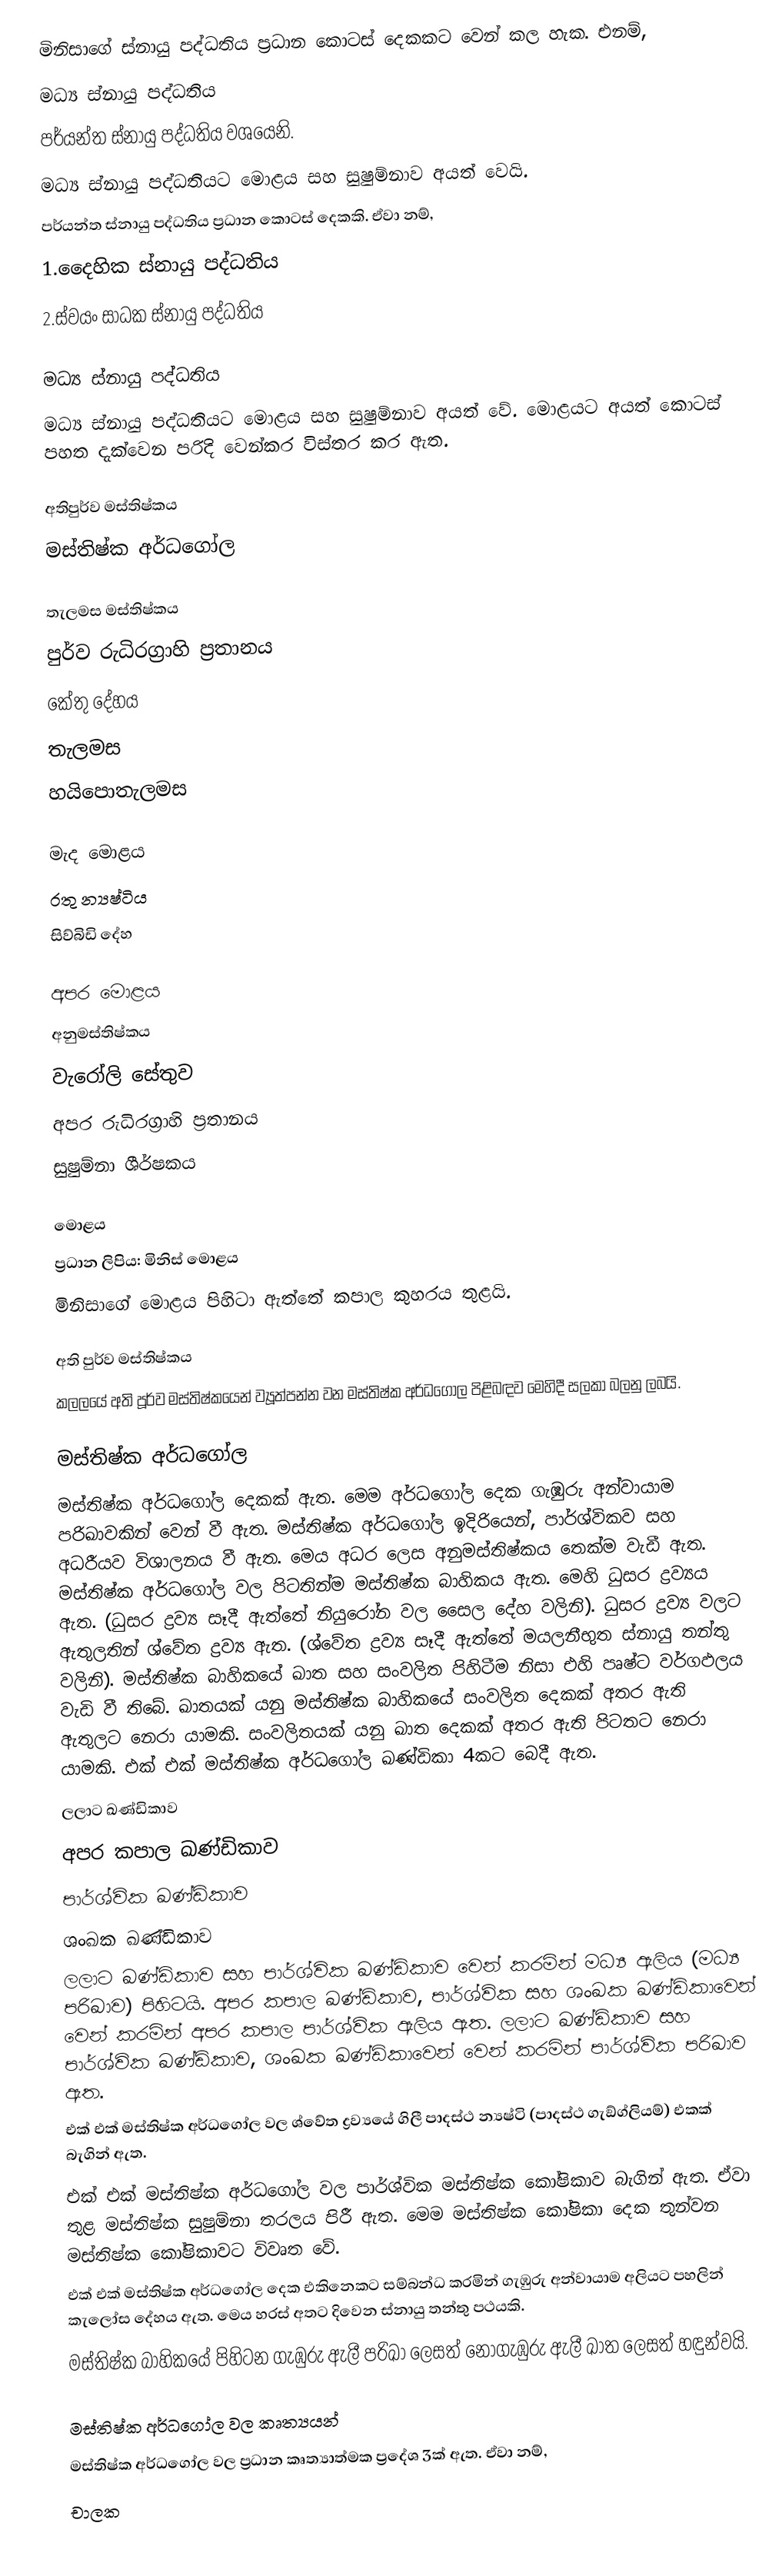
මිනිසාගේ ස්නායු පද්ධතිය ප්‍රධාන කොටස් දෙකකට වෙන් කල හැක. එනම්,
මධ්‍ය ස්නායු පද්ධතිය
පර්යන්ත ස්නායු පද්ධතිය වශයෙනි.
මධ්‍ය ස්නායු පද්ධතියට මොළය සහ සුෂුම්නාව අයත් වෙයි.
පර්යන්ත ස්නායු පද්ධතිය ප්‍රධාන කොටස් දෙකකි. ඒවා නම්,
1.දෛහික ස්නායු පද්ධතිය
2.ස්වයං සාධක ස්නායු පද්ධතිය

මධ්‍ය ස්නායු පද්ධතිය
මධ්‍ය ස්නායු පද්ධතියට මොළය සහ සුෂුම්නාව අයත් වේ. මොළයට අයත් කොටස් පහත දැක්වෙන පරිදි වෙන්කර විස්තර කර ඇත.

අතිපුර්ව මස්තිෂ්කය
මස්තිෂ්ක අර්ධගෝල

තැලමස මස්තිෂ්කය
පුර්ව රුධිරග්‍රාහි ප්‍රතානය
කේතු දේහය
තැලමස
හයිපොතැලමස

මැද මොළය
රතු න්‍යෂ්ටිය
සිව්බිඩි දේහ

අපර මොළය
අනුමස්තිෂ්කය
වැරෝලි සේතුව
අපර රුධිරග්‍රාහි ප්‍රතානය
සුෂුම්නා ශීර්ෂකය

මොළය
ප්‍රධාන ලිපිය: මිනිස් මොළය
මිනිසාගේ මොළය පිහිටා ඇත්තේ කපාල කුහරය තුළයි.

අති පුර්ව මස්තිෂ්කය
කලලයේ අති පූර්ව මස්තිෂ්කයෙන් ව්‍යූත්පන්න වන මස්තිෂ්ක අර්ධගෝල පිළිබඳව මෙහිදී සලකා බලනු ලබයි.

මස්තිෂ්ක අර්ධගෝල
මස්තිෂ්ක අර්ධගෝල දෙකක් ඇත. මෙම අර්ධගෝල දෙක ගැඹුරු අන්වායාම පරිඛාවකින් වෙන් වී ඇත. මස්තිෂ්ක අර්ධගෝල ඉදිරියෙන්, පාර්ශ්විකව සහ අධරීයව විශාලනය වී ඇත. මෙය අධර ලෙස අනුමස්තිෂ්කය තෙක්ම වැඩී ඇත. මස්තිෂ්ක අර්ධගෝල වල පිටතින්ම මස්තිෂ්ක බාහිකය ඇත. මෙහි ධුසර ද්‍රව්‍යය ඇත. (ධුසර ද්‍රව්‍ය සෑදී ඇත්තේ නියුරෝන වල සෛල දේහ වලිනි). ධුසර ද්‍රව්‍ය වලට ඇතුලතින් ශ්වේත ද්‍රව්‍ය ඇත. (ශ්වේත ද්‍රව්‍ය සෑදී ඇත්තේ මයලනීභුත ස්නායු තන්තු වලිනි). මස්තිෂ්ක බාහිකයේ ඛාත සහ සංවලිත පිහිටීම නිසා එහි පෘෂ්ට වර්ගඵලය වැඩි වී තිබේ. ඛාතයක් යනු මස්තිෂ්ක බාහිකයේ සංවලිත දෙකක් අතර ඇති ඇතුලට නෙරා යාමකි. සංවලිතයක් යනු ඛාත දෙකක් අතර ඇති පිටතට නෙරා යාමකි. එක් එක් මස්තිෂ්ක අර්ධගෝල ඛණ්ඩිකා 4කට බෙදී ඇත.
ලලාට ඛණ්ඩිකාව
අපර කපාල ඛණ්ඩිකාව
පාර්ශ්වික ඛණ්ඩිකාව
ශංඛක ඛණ්ඩිකාව
ලලාට ඛණ්ඩිකාව සහ පාර්ශ්වික ඛණ්ඩිකාව වෙන් කරමින් මධ්‍ය ඇලිය (මධ්‍ය පරිඛාව) පිහිටයි. අපර කපාල ඛණ්ඩිකාව, පාර්ශ්වික සහ ශංඛක ඛණ්ඩිකාවෙන් වෙන් කරමින් අපර කපාල පාර්ශ්වික ඇලිය ඇත. ලලාට ඛණ්ඩිකාව සහ පාර්ශ්වික ඛණ්ඩිකාව, ශංඛක ඛණ්ඩිකාවෙන් වෙන් කරමින් පාර්ශ්වික පරිඛාව ඇත.
එක් එක් මස්තිෂ්ක අර්ධගෝල වල ශ්වේත ද්‍රව්‍යයේ ගිලී පාදස්ථ න්‍යෂ්ටි (පාදස්ථ ගැඞ්ග්ලියම්) එකක් බැගින් ඇත.
එක් එක් මස්තිෂ්ක අර්ධගෝල වල පාර්ශ්වික මස්තිෂ්ක කෝෂිකාව බැගින් ඇත. ඒවා තුළ මස්තිෂ්ක සුෂුම්නා තරලය පිරී ඇත. මෙම මස්තිෂ්ක කෝෂිකා දෙක තුන්වන මස්තිෂ්ක කෝෂිකාවට විවෘත වේ.
එක් එක් මස්තිෂ්ක අර්ධගෝල දෙක එකිනෙකට සම්බන්ධ කරමින් ගැඹුරු අන්වායාම අලියට පහලින් කැලෝස දේහය ඇත. මෙය හරස් අතට දිවෙන ස්නායු තන්තු පථයකි.
මස්තිෂ්ක බාහිකයේ පිහිටන ගැඹුරු ඇලී පරිඛා ලෙසත් නොගැඹුරු ඇලී ඛාත ලෙසත් හඳුන්වයි.

මස්තිෂ්ක අර්ධගෝල වල කෘත්‍යයන්
මස්තිෂ්ක අර්ධගෝල වල ප්‍රධාන කෘත්‍යාත්මක ප්‍රදේශ 3ක් ඇත. ඒවා නම්,
චාලක